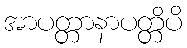
အာပတ္တာနာပတ္တိပိ